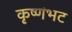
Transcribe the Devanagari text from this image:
कृष्णंभट